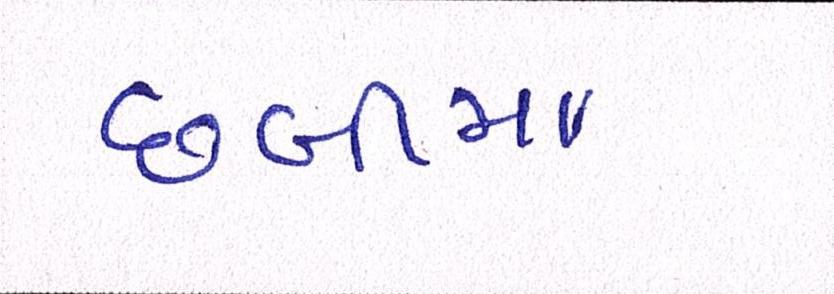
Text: છબીમાં